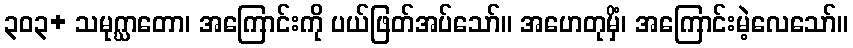
၃၀၃+ သမုဂ္ဃာတော၊ အကြောင်းကို ပယ်ဖြတ်အပ်သော်။ အဟေတုမှိံ၊ အကြောင်းမဲ့လေသော်။